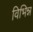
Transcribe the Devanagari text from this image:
विभिन्न